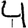
Digit: 4